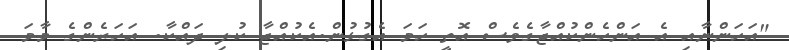
"އަހަންނާއި އެ އަންހެންކުއްޖާގެވެސް އޮތީ ހަމަ އެގުޅުން.އެކުއްޖާ ކުލި ދައްކާ. އަހަރެންގެ މާމަ